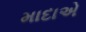
માદાએ